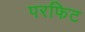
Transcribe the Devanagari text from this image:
परफिट